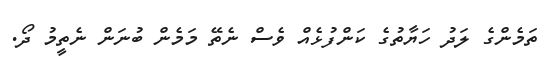
ތަމެންގެ ލަދު ހަޔާތުގެ ކަންފުޅެއް ވެސް ނެތޭ މަމެން ބުނަން ނެތީމު ދޯ.